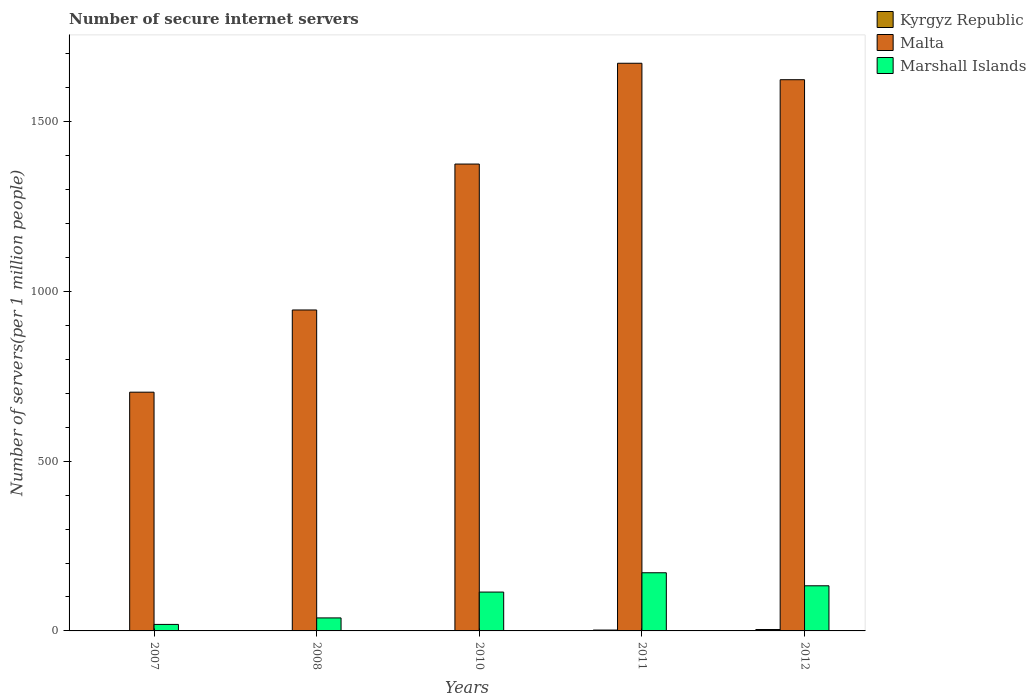
| Years | Kyrgyz Republic | Malta | Marshall Islands |
 | --- | --- | --- | --- |
 | 2007 | 0.949 | 703 | 19.2 |
 | 2008 | 0.564 | 945 | 38.3 |
 | 2010 | 1.1 | 1.38e+03 | 114 |
 | 2011 | 2.54 | 1.67e+03 | 171 |
 | 2012 | 4.1 | 1.62e+03 | 133 |